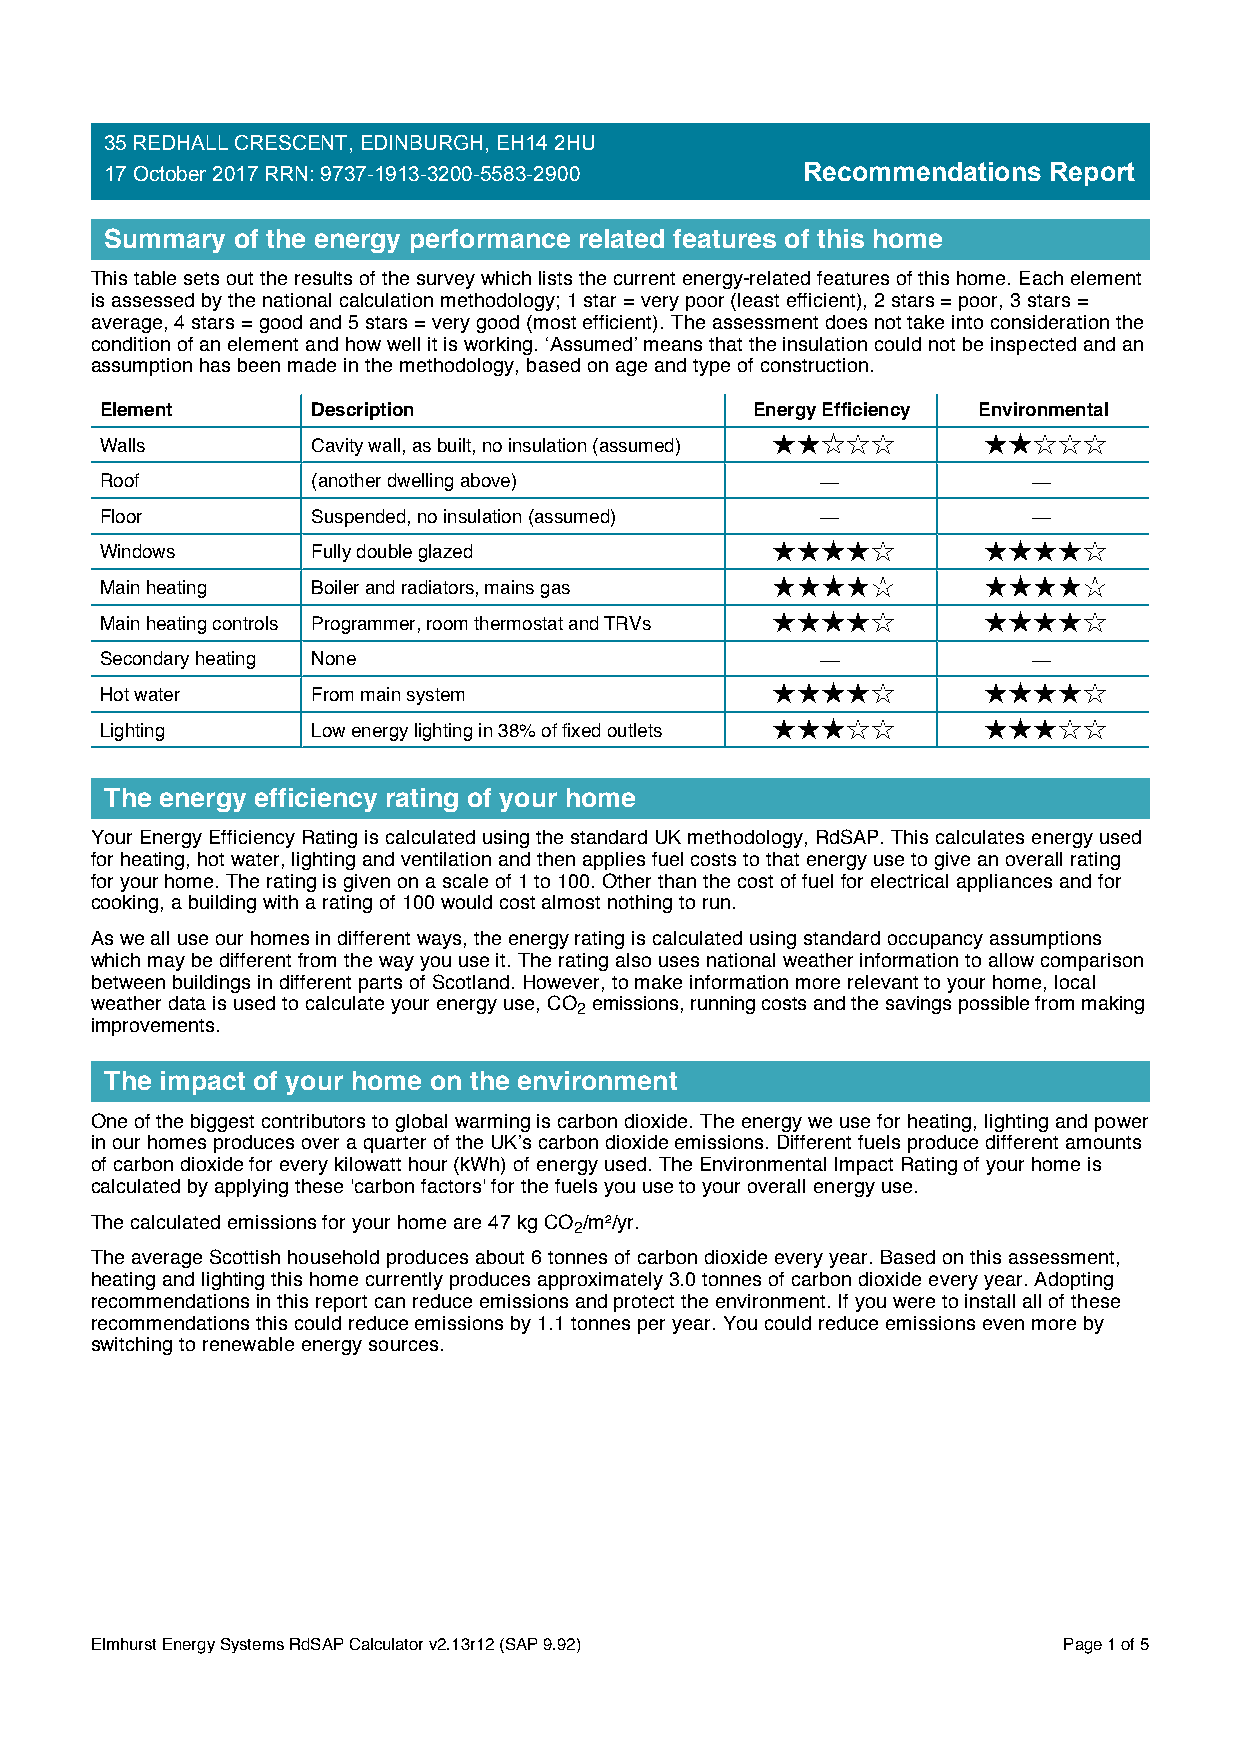
35 REDHALL CRESCENT, EDINBURGH, EH14 2HU
 17 October 2017 RRN: 9737-1913-3200-5583-2900 Recommendations Report
 Summary of the energy performance related features of this home
 This table sets out the results of the survey which lists the current energy-related features of this home. Each element
 is assessed by the national calculation methodology; 1 star = very poor (least efficient), 2 stars = poor, 3 stars =
 average, 4 stars = good and 5 stars = very good (most efficient). The assessment does not take into consideration the
 condition of an element and how well it is working. ‘Assumed’ means that the insulation could not be inspected and an
 assumption has been made in the methodology, based on age and type of construction.
 Element       Description                  Energy Efficiency Environmental
 Walls         Cavity wall, as built, no insulation (assumed)
 Roof          (another dwelling above)
 Floor         Suspended, no insulation (assumed)
 Windows       Fully double glazed
 Main heating  Boiler and radiators, mains gas
 Main heating controls Programmer, room thermostat and TRVs
 Secondary heating None
 Hot water     From main system
 Lighting      Low energy lighting in 38% of fixed outlets
 The energy efficiency rating of your home
 Your Energy Efficiency Rating is calculated using the standard UK methodology, RdSAP. This calculates energy used
 for heating, hot water, lighting and ventilation and then applies fuel costs to that energy use to give an overall rating
 for your home. The rating is given on a scale of 1 to 100. Other than the cost of fuel for electrical appliances and for
 cooking, a building with a rating of 100 would cost almost nothing to run.
 As we all use our homes in different ways, the energy rating is calculated using standard occupancy assumptions
 which may be different from the way you use it. The rating also uses national weather information to allow comparison
 between buildings in different parts of Scotland. However, to make information more relevant to your home, local
 weather data is used to calculate your energy use, CO emissions, running costs and the savings possible from making
 2
 improvements.
 The impact of your home on the environment
 One of the biggest contributors to global warming is carbon dioxide. The energy we use for heating, lighting and power
 in our homes produces over a quarter of the UK’s carbon dioxide emissions. Different fuels produce different amounts
 of carbon dioxide for every kilowatt hour (kWh) of energy used. The Environmental Impact Rating of your home is
 calculated by applying these 'carbon factors' for the fuels you use to your overall energy use.
 The calculated emissions for your home are 47 kg CO /m²/yr.
 2
 The average Scottish household produces about 6 tonnes of carbon dioxide every year. Based on this assessment,
 heating and lighting this home currently produces approximately 3.0 tonnes of carbon dioxide every year. Adopting
 recommendations in this report can reduce emissions and protect the environment. If you were to install all of these
 recommendations this could reduce emissions by 1.1 tonnes per year. You could reduce emissions even more by
 switching to renewable energy sources.
 Elmhurst Energy Systems RdSAP Calculator v2.13r12 (SAP 9.92)    Page 1 of 5